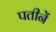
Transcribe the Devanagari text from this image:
पतीनें